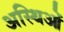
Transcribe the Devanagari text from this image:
अस्थिओं